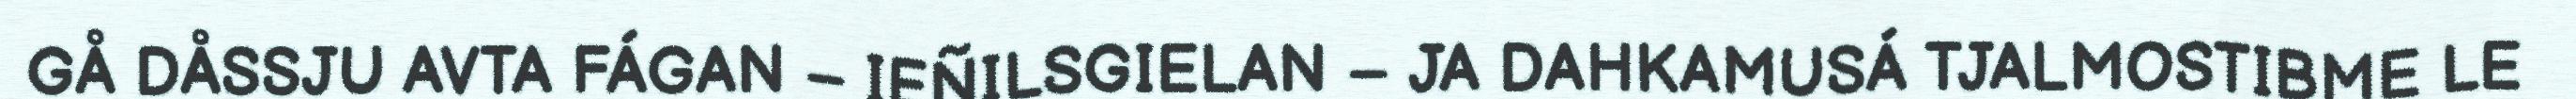
GÅ DÅSSJU AVTA FÁGAN – IEÑILSGIELAN – JA DAHKAMUSÁ TJALMOSTIBME LE